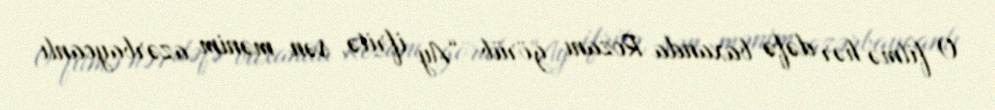
O filmə hər dəfə baxanda Rozanı görüb “Ay ifritə, sən mənim azərbaycanlı